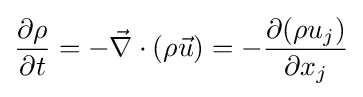
{\frac {\partial \rho }{\partial t}}=-{\vec {\nabla }}\cdot (\rho {\vec {u}})=-{\frac {\partial (\rho u_{j})}{\partial x_{j}}}